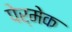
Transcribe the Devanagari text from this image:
पेर्मेक